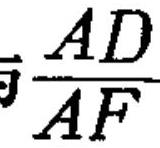
\(\dfrac{AD}{AF}\)